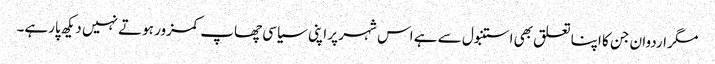
مگر اردوان جن کا اپنا تعلق بھی استنبول سے ہے اس شہر پر اپنی سیاسی چھاپ کمزور ہوتے نہیں دیکھ پارہے۔